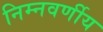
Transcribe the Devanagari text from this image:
निम्नवर्णीय